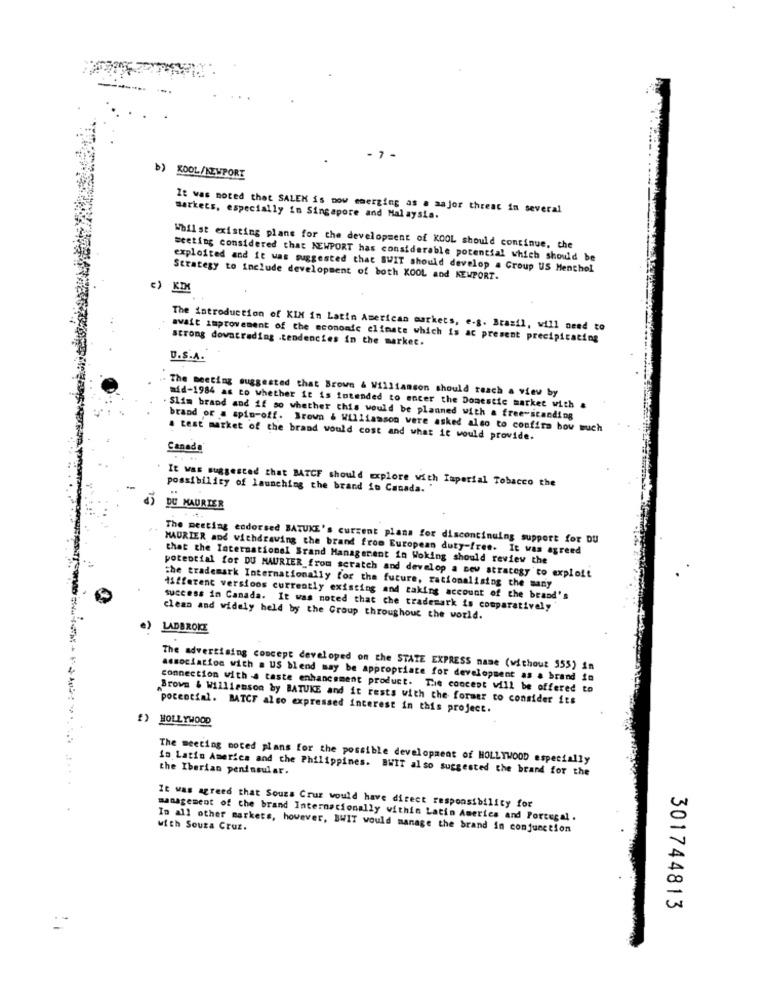
-7 -
b) KOOL/NEWPORT
It was noted that SALEN is now emerging as a major threat in several
markets, especially in Singapore and Malaysia.
Whilst existing plans for the development of KOOL should continue, the
meeting considered that NEWPORT has considerable potential which should be
exploited and it was suggested that SWIT should develop a Group US Menthol
Strategy to include development of both KOOL and KEMPORT.
c) KIM
The introduction of KIN in Latin American markets, e.g. Brasil, will need to
avait improvement of the economic climate which is ac present precipicating
strong downtrading .tendencies in the market.
U.S.A.
. The meeting suggested that Brown & Williamson should reach a view by
mid-1984 as to whether it is intended to encer the Domestic market with &
Slim brand and if so whether this would be planned with a free-standing
brand of a spin-off. Brown & Williamson were asked also to confira bov wuch
. test market of the brand would cost and what it would provide.
Canada
It was suggested that BATCF should explore with Imperial Tobacco the
possibility of launching the brand in Canada.
DU MAURIER
The meeting endorsed BATUKE's current plans for discontinuing support for DU
MAURIER and withdrawing the brand from European duty-free. It was agreed
that the International Brand Management in Woking should review the
potential for DU MAURIER_from scratch and develop a new strategy to exploit
the trademark Internationally for the future, rationalising the sany
different versions currently existing and taking account of the brand's
success in Canada. It was noted that che trademark is comparatively"
clean and widely held by the Group throughout the world.
e)
LADBROKE
The advertising concept developed on the STATE EXPRESS name (without 955) in
association with . US blend may be appropriate for development as a brand in
connection with @ taste enhancement product. The concept will be offered t
Brown & Williamson by BATUKE and it rests with the former to consider its
potential. BATCF also expressed interest in this project.
HOLLYWOOD
The meeting noted plans for the possible development of HOLLYWOOD especially
in Latin America and the Philippines. BWIT also suggested the brand for the
the Iberian peninsular.
It was agreed that Souza Cruz would have direct responsibility for
management of the brand Internationally within Latin America and Portugal .
with Souza Cruz.
In all other markets, however, BWIT would manage the brand in conjunction
301744813